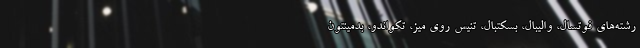
رشته‌های فوتسال، والیبال، بسکتبال، تنیس روی میز، تکواندو، بدمینتون